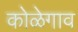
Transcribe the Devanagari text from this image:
कोळेगाव